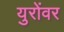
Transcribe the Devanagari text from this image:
युरोंवर